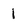
Character: 1